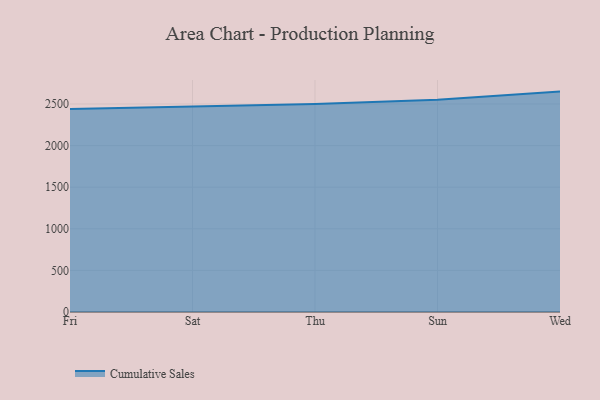
{"axis": {"x": "Day", "y": "Website Visitors"}, "legend": ["Cumulative Sales"], "data": [{"x": "Fri", "y": 2439.8, "type": "Cumulative Sales"}, {"x": "Sat", "y": 2470.8, "type": "Cumulative Sales"}, {"x": "Thu", "y": 2501.4, "type": "Cumulative Sales"}, {"x": "Sun", "y": 2552.1, "type": "Cumulative Sales"}, {"x": "Wed", "y": 2649.0, "type": "Cumulative Sales"}]}